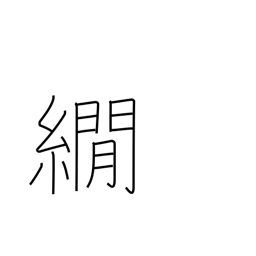
Meaning: a method of dyeing